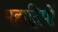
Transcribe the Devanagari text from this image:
महाद्विपों